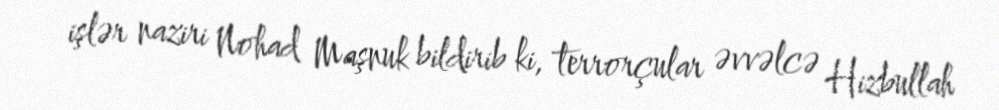
işlər naziri Nohad Maşnuk bildirib ki, terrorçular əvvəlcə Hizbullah